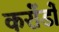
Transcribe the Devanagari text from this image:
करोंडों